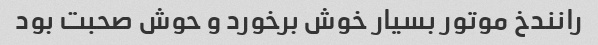
رانندخ موتور بسیار خوش برخورد و حوش صحبت بود